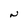
Character: N